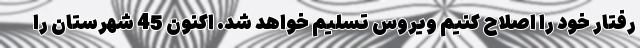
رفتار خود را اصلاح کنیم ویروس تسلیم خواهد شد. اکنون 45 شهرستان را